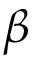
\beta